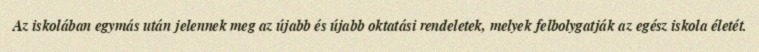
Az iskolában egymás után jelennek meg az újabb és újabb oktatási rendeletek, melyek felbolygatják az egész iskola életét.